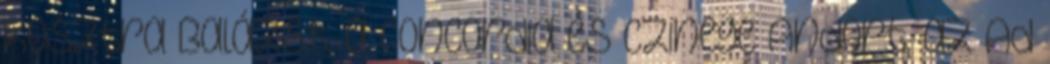
Kosztra Balázst, a Concordia és Czinege Andort, az Ad